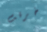
خرقت